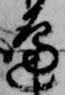
辺